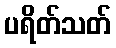
ပရိတ်သတ်